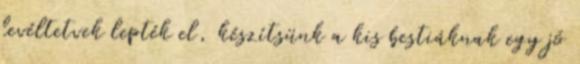
levéltetvek lepték el, készítsünk a kis bestiáknak egy jó